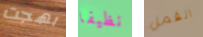
بهجت نظيفا القمل